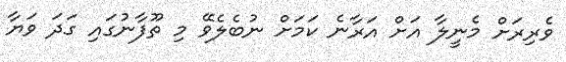
ވެރިރަށް މެނީލާ އަށް އަރާނެ ކަމަށް ނުބެެލެވޭ މި ތޫފާނުގައި ގަދަ ވަޔާ